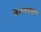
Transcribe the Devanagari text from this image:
विभागद्योतक